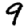
Digit: 9